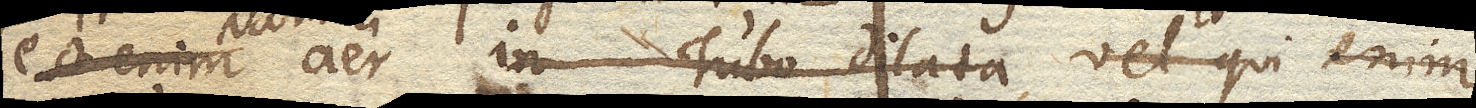
aer in Tubo dilatata vel qui enim